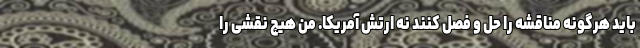
باید هرگونه مناقشه را حل و فصل کنند نه ارتش آمریکا. من هیچ نقشی را